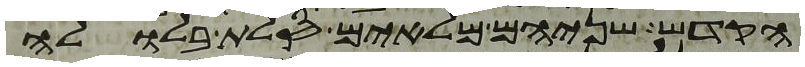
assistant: הקדש שניהם מלאים סלת בלולה